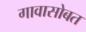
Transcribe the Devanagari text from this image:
गावासोबत